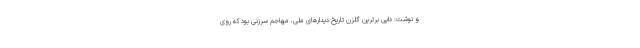
و نوشت: دایی برترین گلزن تاریخ دیدارهای ملی، مهاجم سرزنی بود که روی